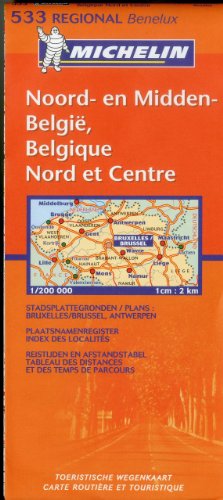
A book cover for Belgium: North & Central 533 Michelin (Maps/Regional (Michelin)); Michelin Travel & Lifestyle; Travel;